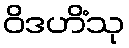
ဝိဒဟိံသု